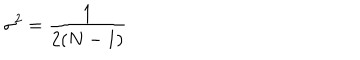
\sigma ^ { 2 } = { \frac { 1 } { 2 ( N - 1 ) } }